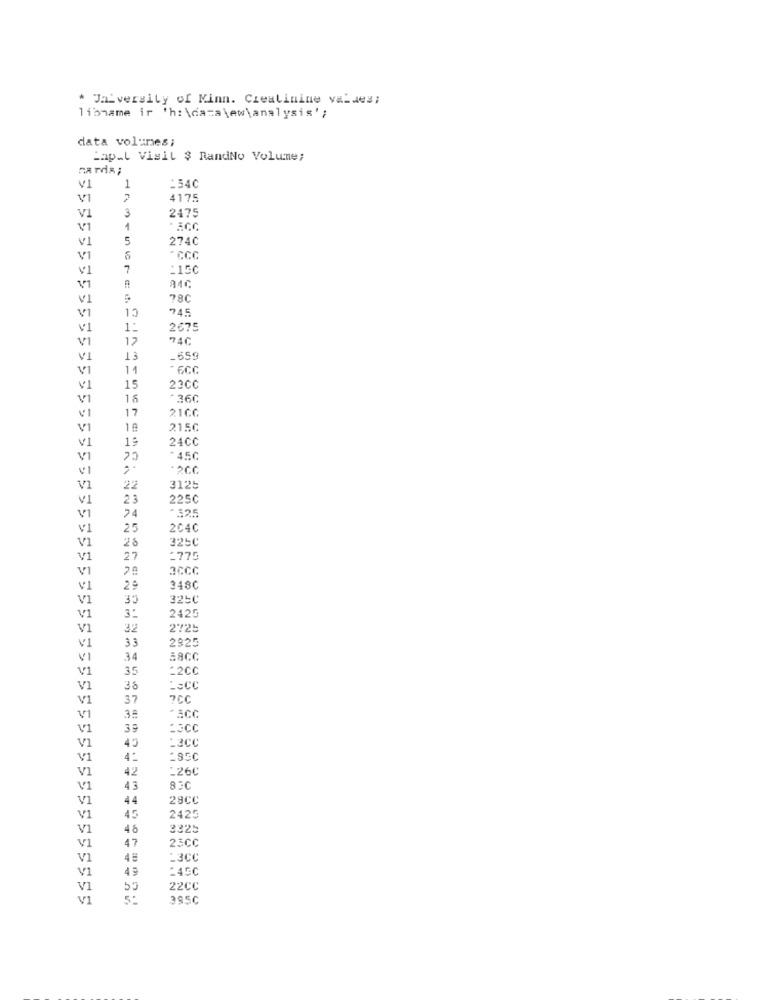
* Jaiversity of Kinn. Creatinine valdes;
libname ir 'h: \daza \ew\analysis';
data volumes;
Lapal Visit $ RandNo Volume;
na rds;
V1
1
-54C
4175
3
2475
V1
VI
5
274C
VI
CCC
V1
7
1150
V1
VI
78C
V1
15
745
VI
1:
2675
12
74C
VI
13
_659
VI
1
VI
23CC
VI
18
- 360
17
21CC
VI
VI
215C
19
24CC
V1
VI
VI
VI
22
3125
V1
23
225C
24
- 325
VI
V1
25
204C
28
325C
V1
V1
27
:77G
VI
3CCC
V1
20
248℃
V1
30
3250
3:
V1
2425
V1
32
2725
33
2925
V1
VI
34
:8CC
V1
35
*2CC
VI
36
LaCC
V1
37
7CC
VI
* SCC
V1
HECC
VI
4:
LaCC
V1
4.
V1
42
:260
V1
43
V1
44
29CC
V1
45
2425
V1
48
3325
47
25CC
V1
V1
45
F3CC
V1
45
V1
53
22CC
VI
395C